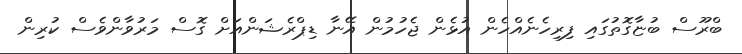
ބްރޫސް ބުޏާގޮތުގައި ފިރިހެނެއްހެން އުޅެން ޖެހުމުން އޭނާ ޑިޕްރެޝަންއަށް ގޮސް މަރުވާންވެސް ކުރިން